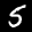
Label: 5